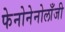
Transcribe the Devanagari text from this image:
फेनोनेनोलाँजी